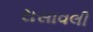
રાસાવલી